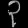
Digit: ၃